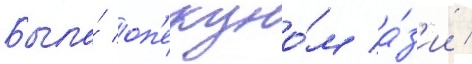
Была́ оп'екуно́м а́з'ии /